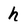
Character: h